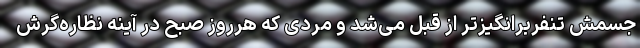
جسمش تنفربرانگیزتر از قبل می‌شد و مردی که هرروز صبح در آینه نظاره‌گرش